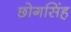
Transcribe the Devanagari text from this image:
छोगसिंह